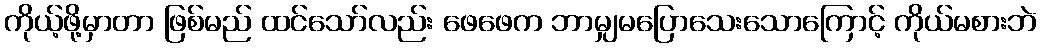
ကိုယ့်ဖို့မှာတာ ဖြစ်မည် ထင်သော်လည်း ဖေဖေက ဘာမျှမပြောသေးသောကြောင့် ကိုယ်မစားဘဲ